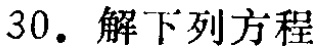
30. 解下列方程